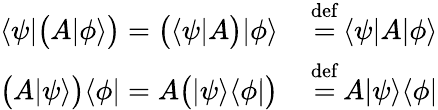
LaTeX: {\begin{array}{rl}{\langle\psi|{\bigl(}A|\phi\rangle{\bigr)}={\bigl(}\langle\psi|A{\bigr)}|\phi\rangle\, }&{{\stackrel{\mathrm{def}}{=}}\, \langle\psi|A|\phi\rangle}\\ {{\bigl(}A|\psi\rangle{\bigr)}\langle\phi|=A{\bigl(}|\psi\rangle\langle\phi|{\bigr)}\, }&{{\stackrel{\mathrm{def}}{=}}\, A|\psi\rangle\langle\phi|}\end{array}}